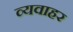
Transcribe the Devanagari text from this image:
व्यवाहर